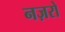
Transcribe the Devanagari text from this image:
नज़रो